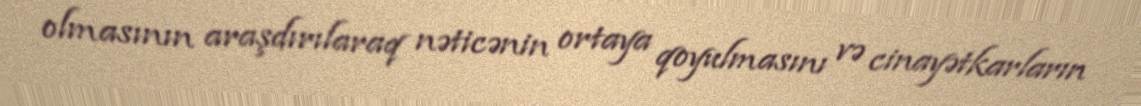
olmasının araşdırılaraq nəticənin ortaya qoyulmasını və cinayətkarların